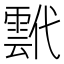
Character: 𩃷